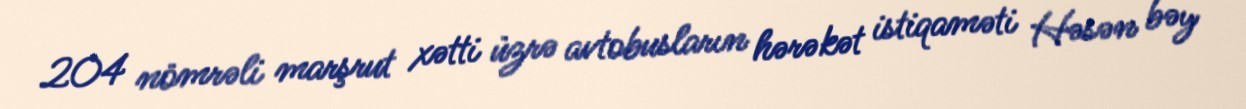
204 nömrəli marşrut xətti üzrə avtobusların hərəkət istiqaməti Həsən bəy